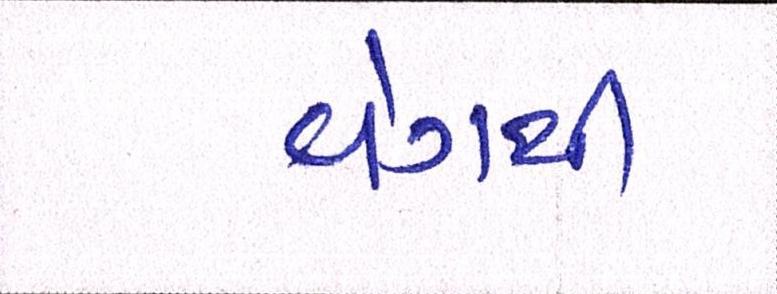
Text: વેગથી